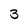
Character: 3